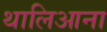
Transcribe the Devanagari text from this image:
थालिआना